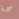
سمة